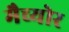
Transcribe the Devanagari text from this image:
मैच्योर